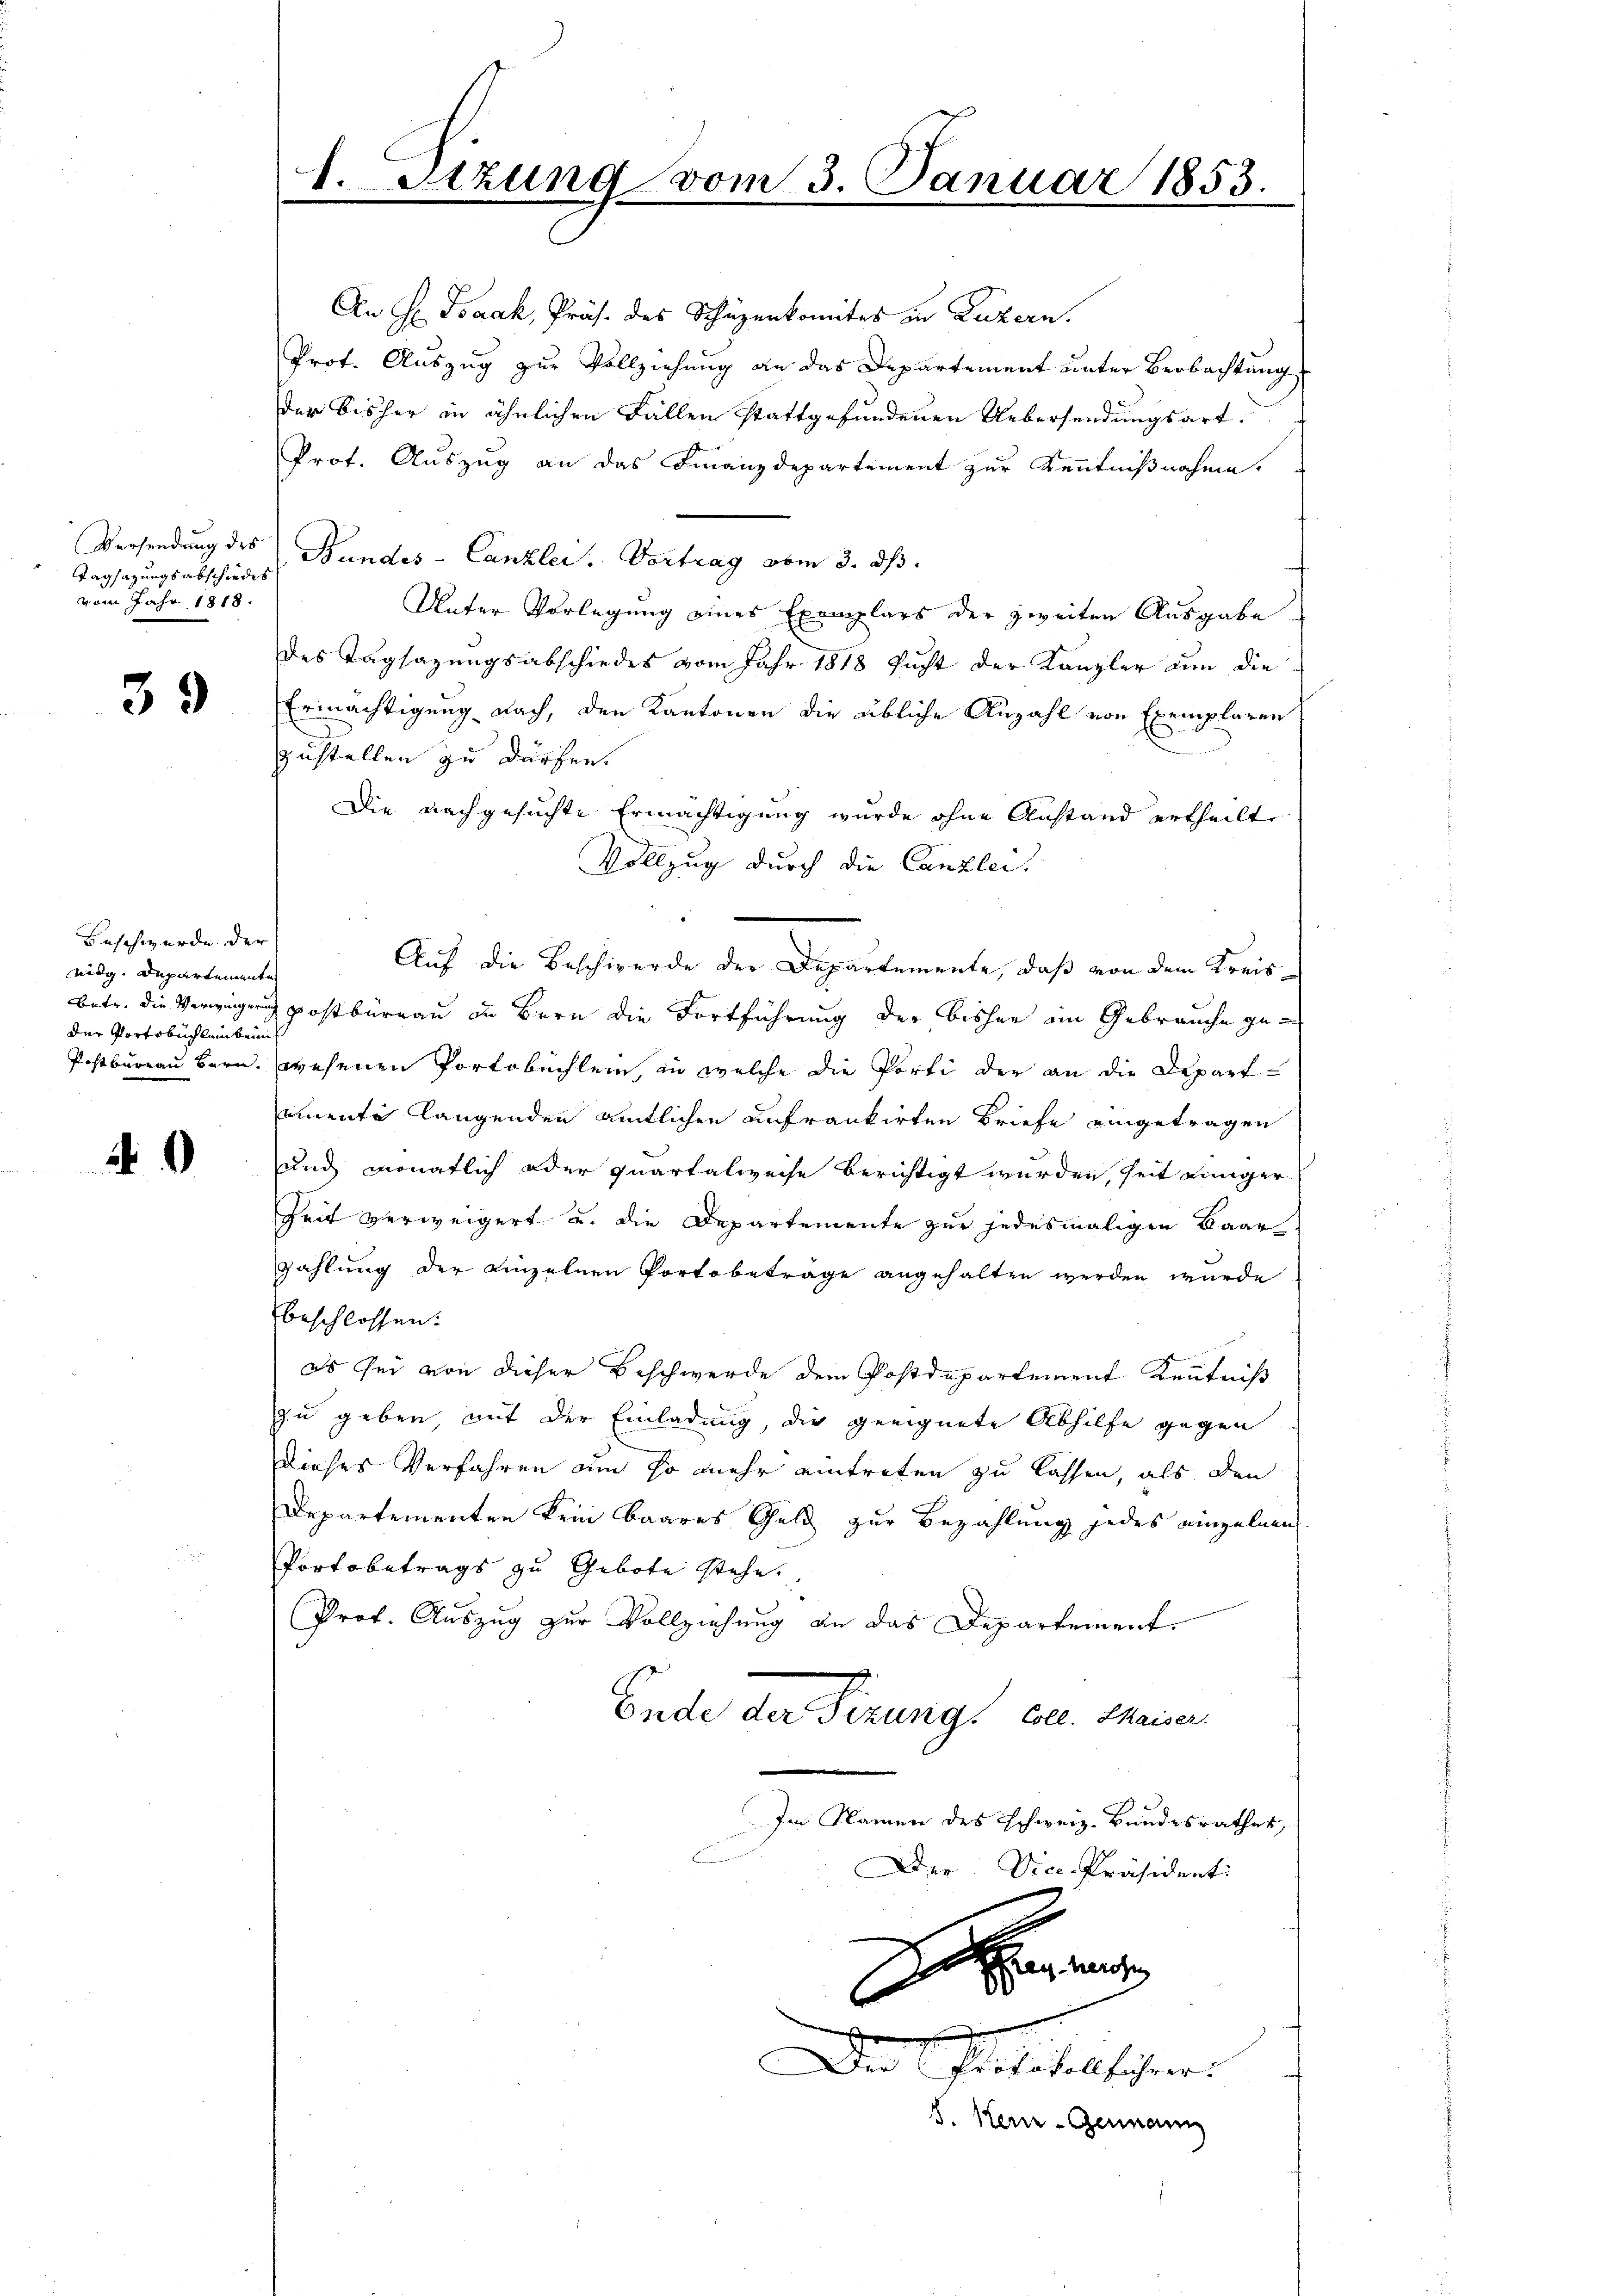
Tagsazungsabschiedes
vom Jahr 1818.

39

Beschwerde der
eidg. Departementen
der Portobuchlein beim

4

An H Isaak, Präs. des Schüzenkomites in Luzern.
Prot. Auszug zur Vollziehung an das Departement unter Beobachtung
der bisher in ähnlichen Fällen stattgefundenen Uebersendungsart.
Prot. Auszug an das Finanzdepartement zur Kenntnißnahme.
Versendung des Bundes-Canzlei- Vortrag vom 3. ds.
Unter Vorlegung eines Exemplars der zweiten Ausgabe
des Tagsazungsabschiedes vom Jahr 1818 sucht der Kanzler um die
Ermächtigung nach, den Kantonen die übliche Anzahl von Exemplaren
zustellen zu dürfen.
Die nachgesuchte Ermächtigung wurde ohne Anstand ertheilt
Vollzug durch die Canzlei.
Auf die Beschwerde der Departemente, daß von dem Kreisbetr. die Verwegung postbüreau in Bern die Fortführung der bisher im Gebrauche ge¬
Postbureau bern, wesenen Portobuchlein, in welche die Porti der an die Depart
amente langenden amtlichen anfrankirten Briefe eingetragen
und monatlich oder Quartalweise berichtigt wurden, seit Lunger
Zeit verweigert u. die Departemente zur jedesmaligen Baarzahlung der einzelnen Portobeträge angehalten werden wurde
beschlossen:
es sei von dieser Beschwerde dem Postdepartement Kenntniß
zu geben, mit der Einladung, die geeignete Abhilfe gegen
dieses Verfahren auch so mehr eintreten zu lassen, als den
Departementen kein baares Geld zur Bezahlung jedes einzelnen
Portobetrags zu Gebote stehe.
Prof. Auszug zur Vollziehung an das Departement
Ende der Fizungs Oll. Meiner
Im Namen des schweiz. Bundesrathes,
Der Vice-Präsident:
Da er den

1.

Sizung vom 3. Januar 1853.

Der Protokollführer
S. Kei-Germann